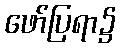
ဖော်ပြရာ၌